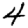
Digit: 4